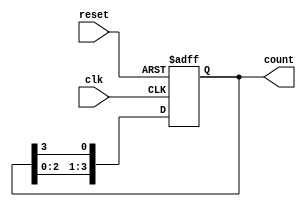
module ring_counter #(
    parameter N = 4  // Number of stages (flip-flops)
)(
    input wire clk,    // Clock signal
    input wire reset,  // Asynchronous reset signal
    output reg [N-1:0] count // Output state of the ring counter
);

// Initial state
initial begin
    count = 1'b1; // Start with the first flip-flop set to '1'
end

// Always block triggered on the rising edge of the clock or reset
always @(posedge clk or posedge reset) begin
    if (reset) begin
        count <= 1'b1; // Reset to initial state
    end else begin
        // Shift the '1' bit to the left
        count <= {count[N-2:0], count[N-1]}; // Circular shift
    end
end

endmodule